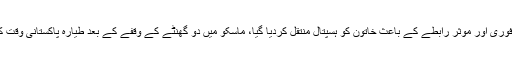
ماسکو ایئرپورٹ پر فوری اور موثر رابطے کے باعث خاتون کو ہسپتال منتقل کردیا گیا، ماسکو میں دو گھنٹے کے وقفے کے بعد طیارہ پاکستانی وقت کے مطابق صبح 15۔